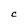
Character: C